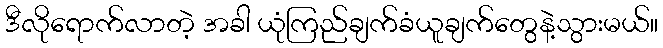
ဒီလိုရောက်လာတဲ့ အခါ ယုံကြည်ချက်ခံယူချက်တွေနဲ့သွားမယ်။